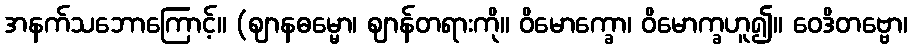
အနက်သဘောကြောင့်။ (ဈာနဓမ္မော၊ ဈာန်တရားကို။ ဝိမောက္ခော၊ ဝိမောက္ခဟူ၍။ ဝေဒိတဗ္ဗော၊